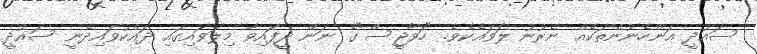
ސައުދީ އަންހެނުންތަކެއް ނެރުނު ލަވައެކެވެ. "ހަވާޖީސް"ގެ ނަން ދީފައިވާ މިލަވައިގައި ދައްކުވައިދެނީ ސައުދީ